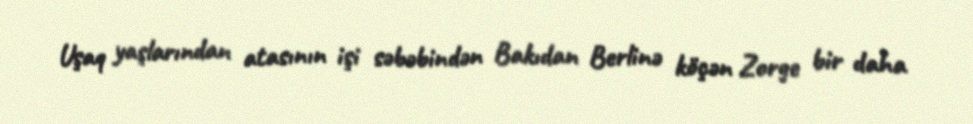
Uşaq yaşlarından atasının işi səbəbindən Bakıdan Berlinə köçən Zorge bir daha